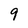
Character: 9